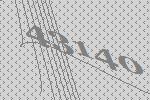
43140